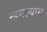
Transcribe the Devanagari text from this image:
म्हणल्यास